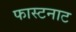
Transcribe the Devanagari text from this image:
फास्टनाट